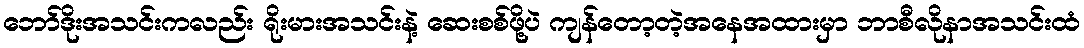
ဘော်ဒိုးအသင်းကလည်း ရိုးမားအသင်းနဲ့ ဆေးစစ်ဖို့ပဲ ကျန်တော့တဲ့အနေအထားမှာ ဘာစီလိုနာအသင်းထံ